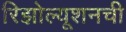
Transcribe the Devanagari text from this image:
रिझोल्यूशनची